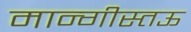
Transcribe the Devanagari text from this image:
मान्गीस्तऊ